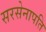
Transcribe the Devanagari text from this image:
सरसेनापति